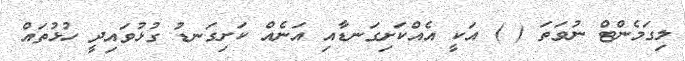
ލިގަމެންޓް ނުވަތަ ( ) އަކީ އެއްކަށިގަނޑާއި އަނެއް ކަށިގަނޑު ގުޅުވައިދީ ހުޅުތައް